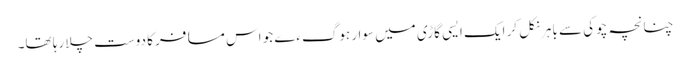
چنانچہ چوکی سے باہر نکل کر ایک ایسی گاڑی میں سوار ہوگءے جو اس مسافر کا دوست چلا رہا تھا۔